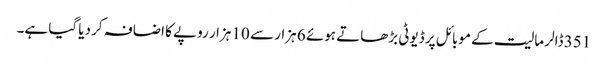
351 ڈالر مالیت کے موبائل پر ڈیوٹی بڑھاتے ہوئے 6 ہزار سے 10 ہزار روپے کا اضافہ کر دیا گیا ہے۔